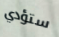
ستؤدي